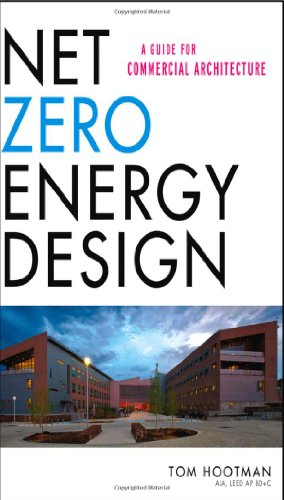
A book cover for Net Zero Energy Design: A Guide for Commercial Architecture; Thomas Hootman; Crafts, Hobbies & Home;